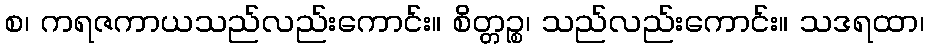
စ၊ ကရဇကာယသည်လည်းကောင်း။ စိတ္တဉ္စ၊ သည်လည်းကောင်း။ သဒရထာ၊